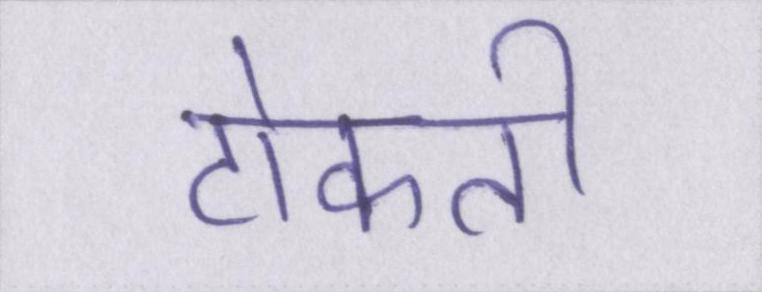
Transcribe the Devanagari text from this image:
टोकती